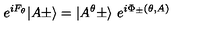
e ^ { i F _ { \theta } } \vert A \pm \rangle = \vert A ^ { \theta } \pm \rangle \ e ^ { i \Phi _ { \pm } ( \theta , A ) }